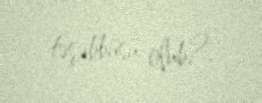
təşəbbüsü olub?.